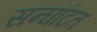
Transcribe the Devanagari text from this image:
सन्घटित